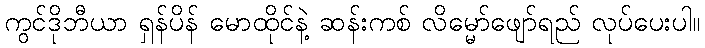
ကွင်ဒိုဘီယာ ရှန်ပိန် မောထိုင်နဲ့ ဆန်းကစ် လိမ္မော်ဖျော်ရည် လုပ်ပေးပါ။